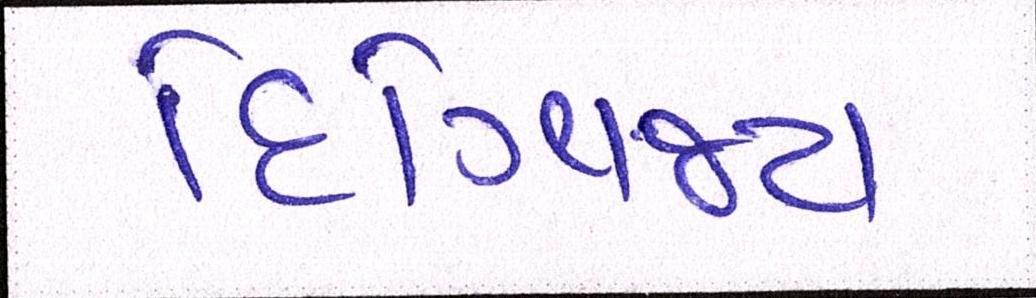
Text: દિગ્વિજય